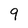
Character: 9